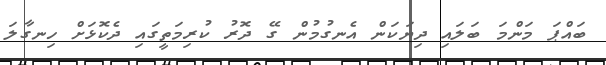
ބައްޕަ މަންމަ ބަލައި ދިޔަކަން އެނގުމުން ގޭ ދޮރު ކުރިމަތީގައި ދެކޮޅަށް ހިނގާލަ